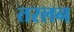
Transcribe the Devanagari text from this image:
तरलन